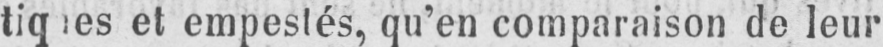
et empestés, qu’en comparaison de leur